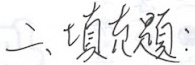
二、填空题：